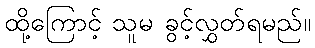
ထို့ကြောင့် သူမ ခွင့်လွှတ်ရမည်။